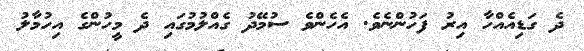
ދެ ގަޑިއެއްހާ އިރު ފަހުންނެވެ. އެހެންވެ ސުމޭދު ގެއްލުމުގައި ދެ މީހުންގެ އިހުމާލު